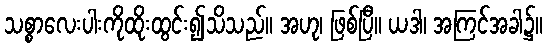
သစ္စာလေးပါးကိုထိုးထွင်း၍သိသည်။ အဟု၊ ဖြစ်ပြီ။ ယဒါ၊ အကြင်အခါ၌။